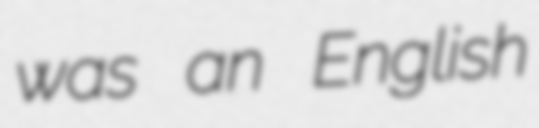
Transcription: was an English